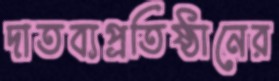
দাতব্যপ্রতিষ্ঠানের